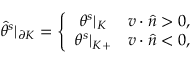
\hat { \theta } ^ { s } | _ { \partial K } = \left\{ \begin{array} { c c } { \theta ^ { s } | _ { K } } & { v \cdot \hat { n } > 0 , } \\ { \theta ^ { s } | _ { K + } } & { v \cdot \hat { n } < 0 , } \end{array} \right.